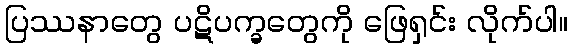
ပြဿနာတွေ ပဋိပက္ခတွေကို ဖြေရှင်း လိုက်ပါ။